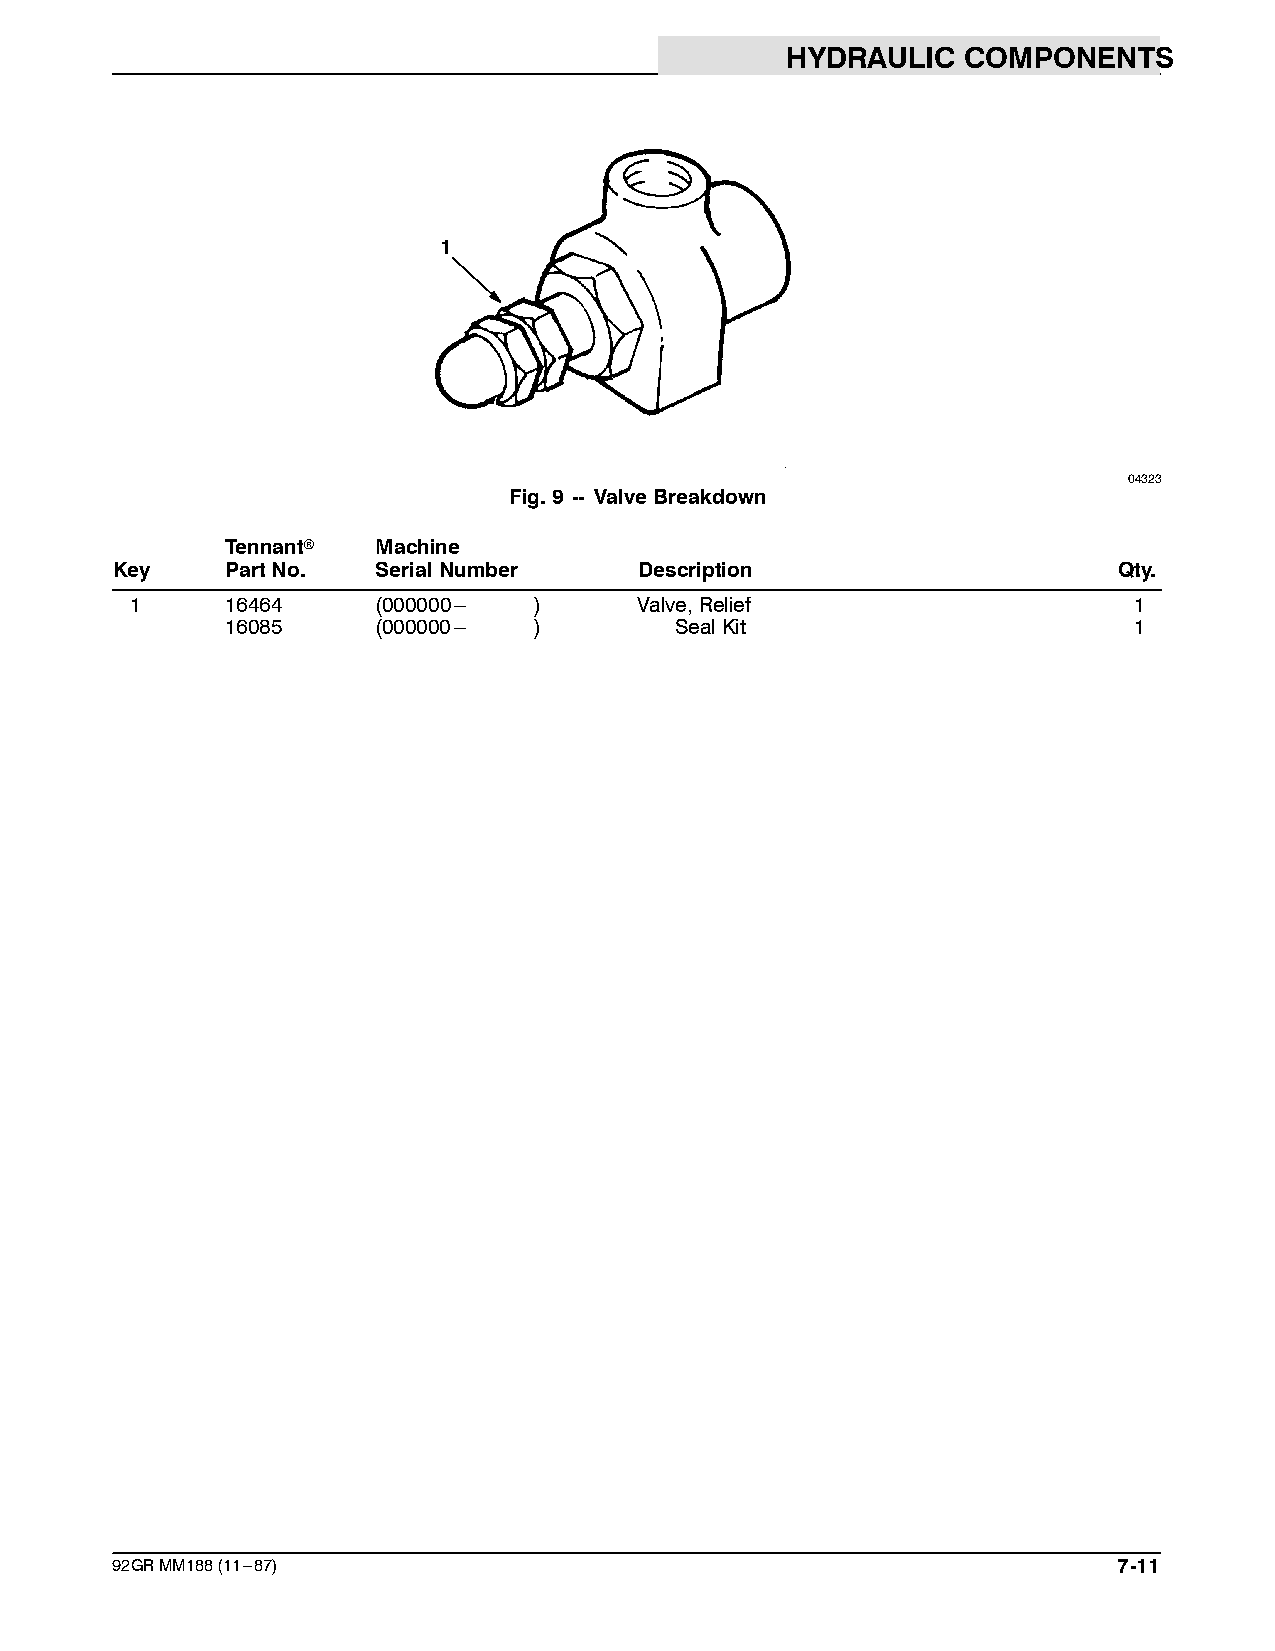
HYDRAULIC   COMPONENTS
 1
 04323
 Fig.9 -- ValveBreakdown
 Tennantr  Machine
 Key     PartNo.   SerialNumber     Description                     Qty.
 1     16464     (000000--- )     Valve,Relief                     1
 16085     (000000--- )        SealKit                       1
 92GRMM188(11---87)                                                 7-11